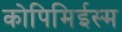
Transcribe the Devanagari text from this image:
कोपिमिईस्म